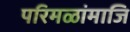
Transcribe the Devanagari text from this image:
परिमळांमाजि